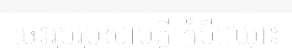
ចេះរួបរួមសាមគ្គី កុំបីឈ្លោះ